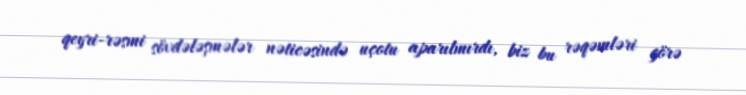
qeyri-rəsmi sövdələşmələr nəticəsində uçotu aparılmırdı, biz bu rəqəmləri görə